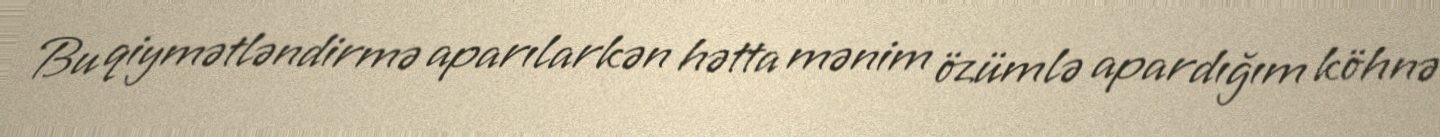
Bu qiymətləndirmə aparılarkən hətta mənim özümlə apardığım köhnə